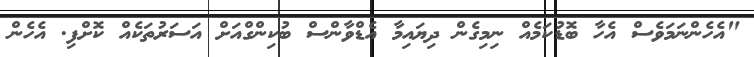
"އެހެންނަމަވެސް އެހާ ބޮޑުކަމެއް ނިމިގެން ދިޔައިމާ އެޑްވާންސް ބުކިންގްއަށް އަސަރުތަކެއް ކޮށްފި. އެހެން